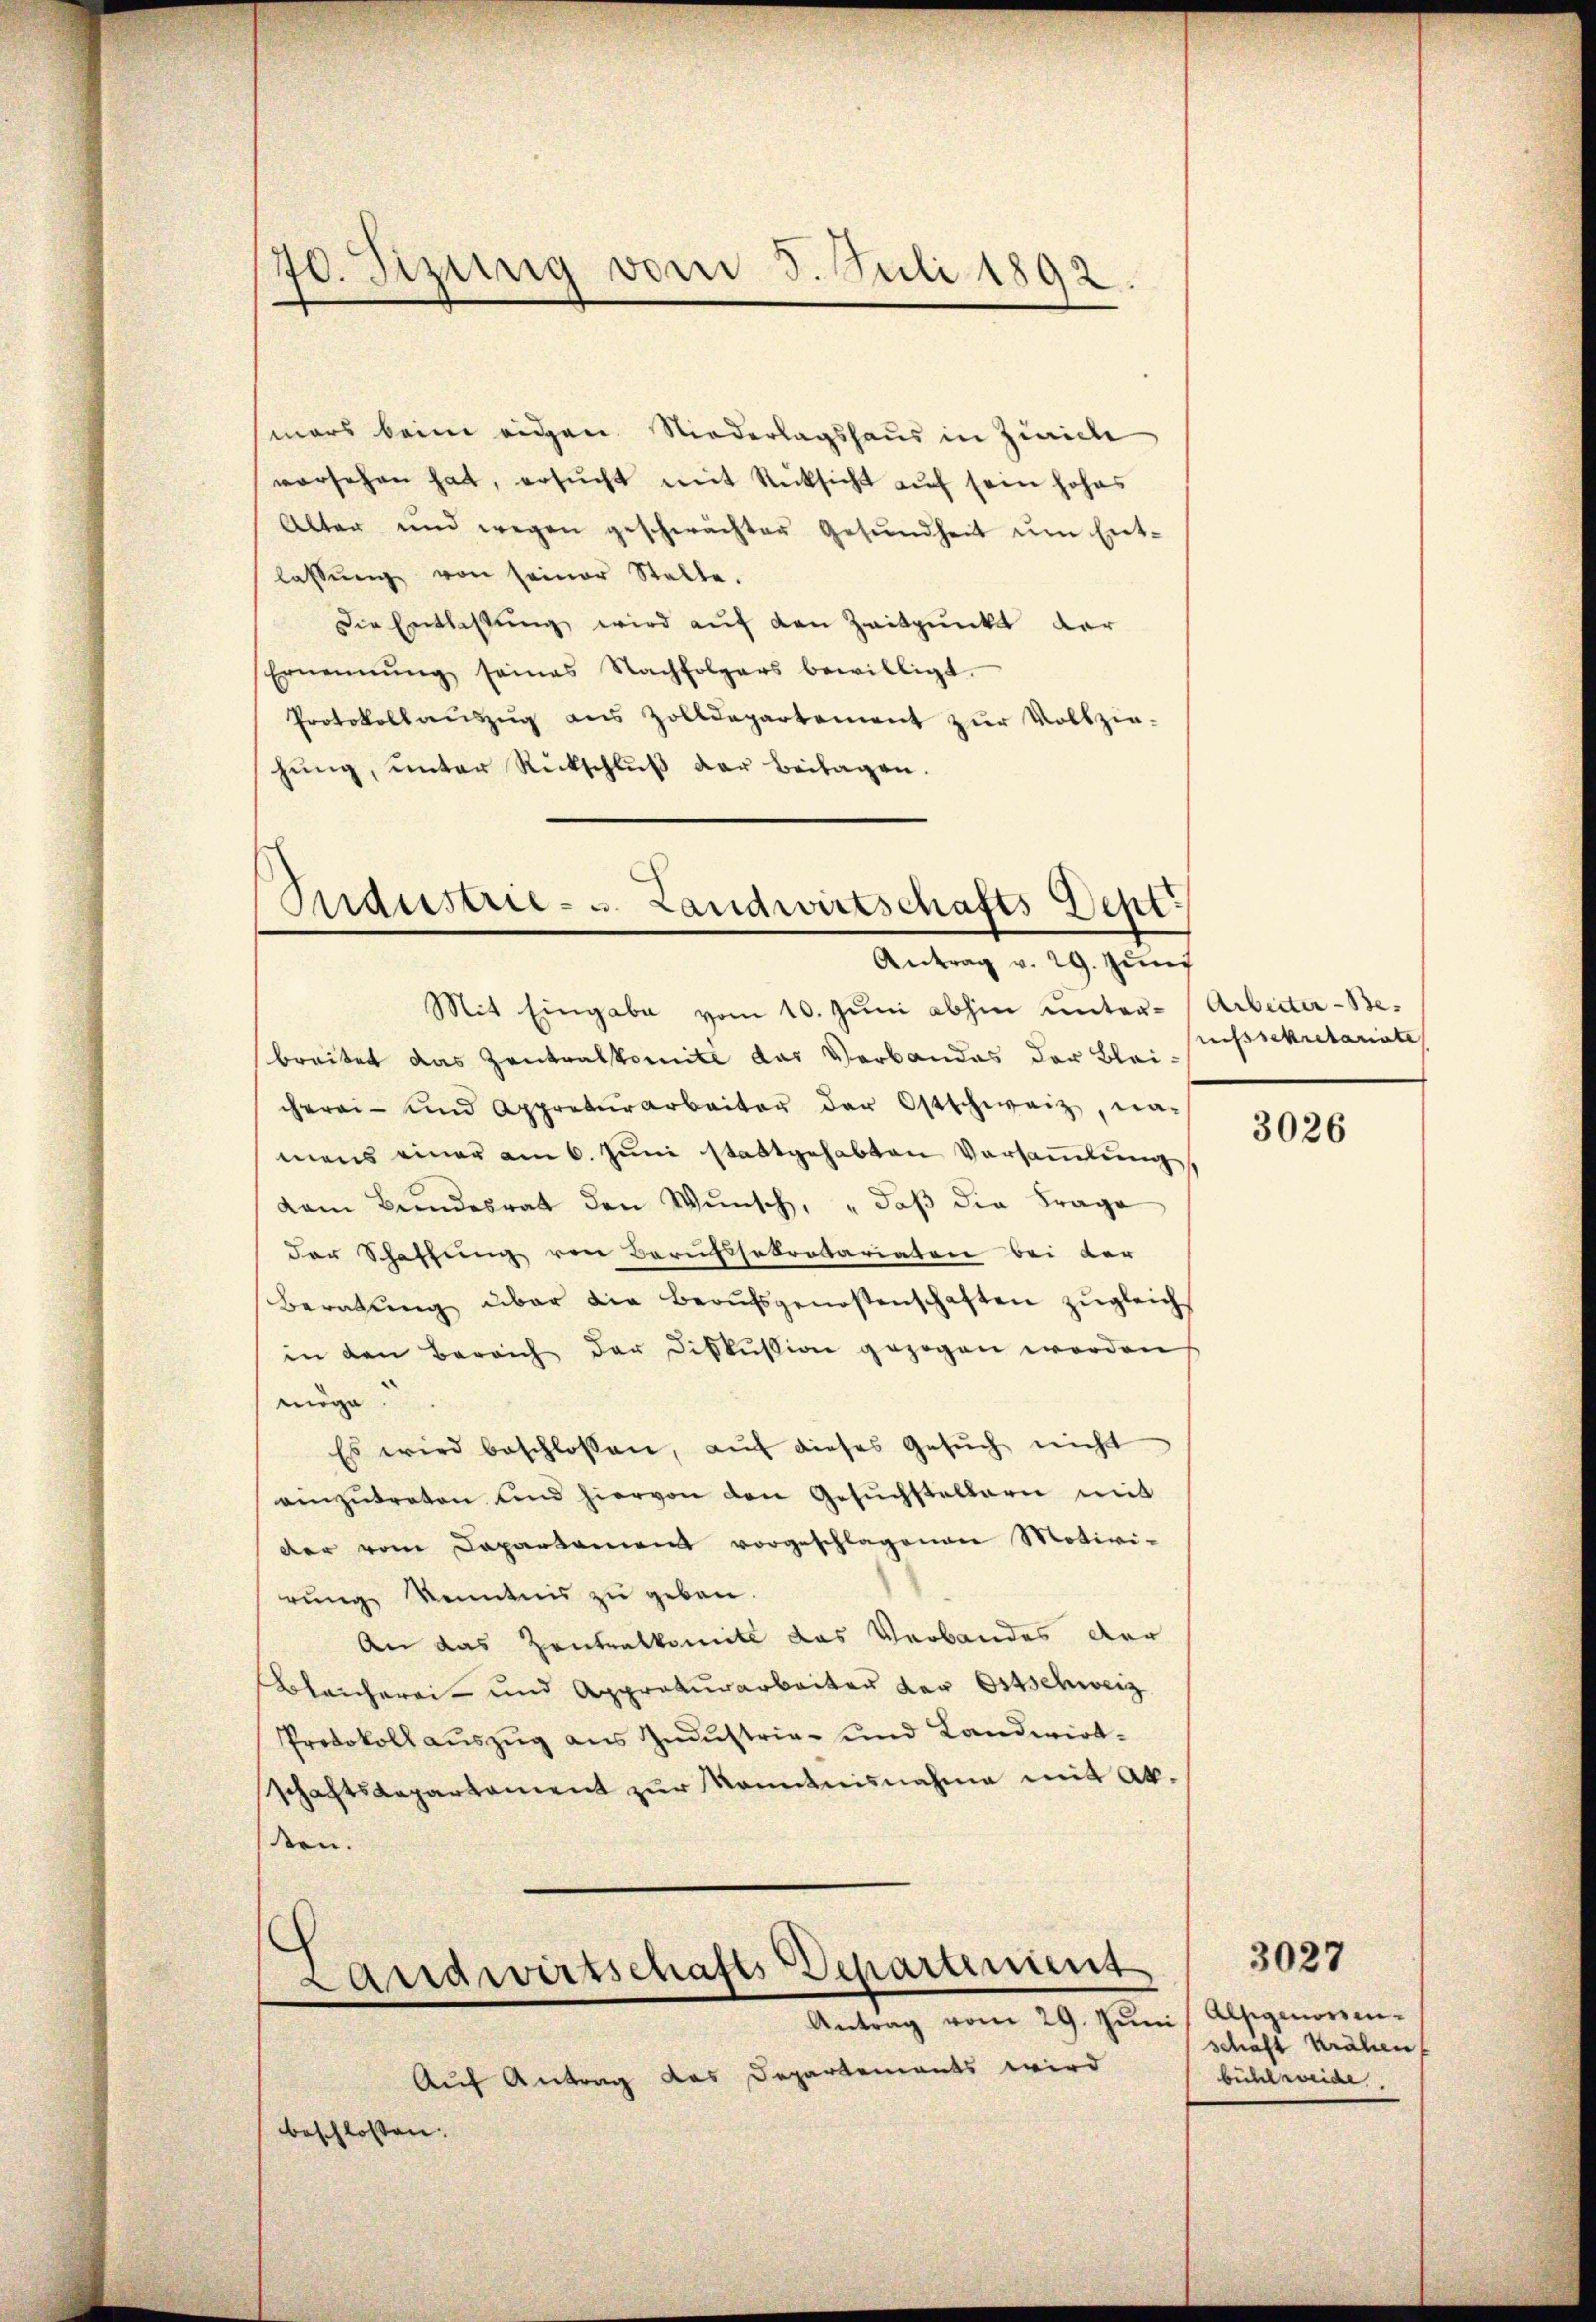
70. Sizung vom 5. Juli 1892

mars beim eidgen. Niederlagshaus in Zürich
vorsehen hat, ersŭcht mit Rücksicht auf sein hohes
Alter und wegen geschwächter Gesundheit um Entlassŭng von seiner Stelle.
Die Entlassung wird auf den Zeitpunkt der
Ernennung seines Nachfolgers bewilligt.
Protokollaŭszŭg ans Zolldepartement zŭr Vollzie-
hŭng, unter Rückschlŭβ der Beilagen.

Industrie- u. Landwirtschafts Dept.
Antrag v. 29. Juni

Landwirtschafts-Departement
Antrag vom 29. Jŭni Alpgenossen-

Auf Antrag das Departements wird
beschlossen: |

Mit Eingabe vom 10. Jŭni abhin unter-Arbeiter-Be-
breitet das Zentralkomite das Verbandes der Bleicherei- und Appreturarbeiter der Ostschweiz, na-
mens einer am 6. Juni stattgehabten Vorsammlung.
dam Bundesrat den Wŭnsch, daβ die Frage
der Schaffung von Berufssekretariaten bei der
Beratŭng über die Beaŭfsgenossenschaften zŭgleich
in den Bereich der Diskussion gezogen werden
möge.
Es wird beschlossen, aŭf dieses Gesŭch nicht
einzŭtreten und hiervon den Gesuchstellern mit
der vom Capartament vorgeschlagenen Motivi-
rung kenntnis zu geben.
An das Zentralkomite das Verbandes der
Bleicherei- und Approkurarbeiter der Ostschweiz
Protokoll auszug aus Industrie- und Landwirtschaftsdepartament zur Kenntnisnahme mit Abten.

usssekretariate

3026

schaft Krähen
bühl weide

3027